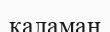
каламан